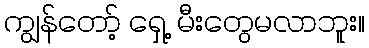
ကျွန်တော့် ရှေ့ မီးတွေမလာဘူး။